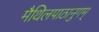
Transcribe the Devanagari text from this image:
मैथिलपाठानुगम्